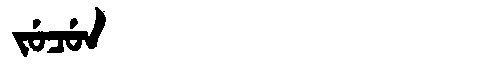
Manchu: ᠵᡠᠴᡠᠨ
Romanization: JUCUN